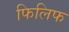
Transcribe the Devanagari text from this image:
फिलिफ